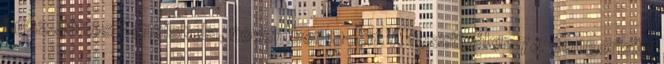
Fusz János Zeneiskola, november 12-én. A fesztiválon 74 zongorista